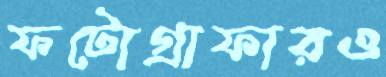
ফটোগ্রাফারও